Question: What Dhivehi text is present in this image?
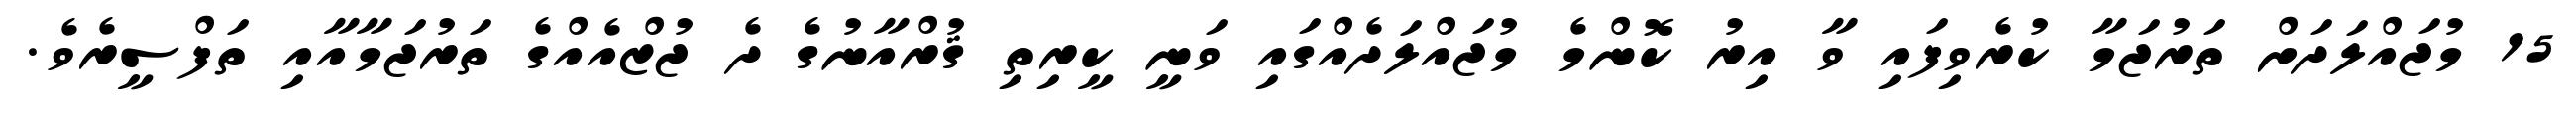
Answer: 15 މުޖައްލަދަށް ތަރުޖަމާ ކުރެވިފައި ވާ އިރު ކޮންމެ މުޖައްލަދެއްގައި ވަނީ ކީރިތި ޤުރްއާނުގެ ދެ ޖުޒްއެއްގެ ތަރުޖަމާއާއި ތަފްސީރެވެ.